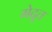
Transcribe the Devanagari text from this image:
मेद्रुत